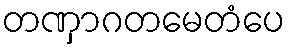
တဏှာဂတမေတံပေ